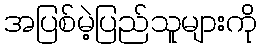
အပြစ်မဲ့ပြည်သူများကို